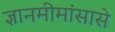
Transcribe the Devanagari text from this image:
ज्ञानमीमांसासे